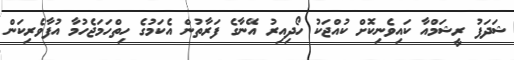
ޝަދަފު ރީޝަމްއާ ކައިވެނިކޮށް ކުއްޖަކު ހޯދިއިރު އޭނާގެ ފަރާތުން އެކަމުގެ ހިތްހަމަޖެހުމާ އުފާވެރިކަން